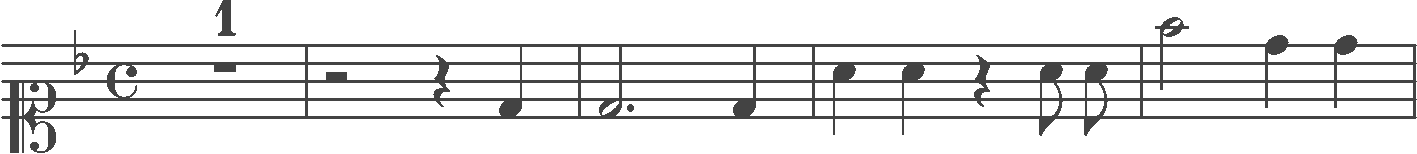
Transcription: clef-C1 keySignature-FM timeSignature-C multirest-1 barline rest-half rest-quarter note-D4_quarter barline note-D4_half. note-D4_quarter barline note-A4_quarter note-A4_quarter rest-quarter note-A4_eighth note-A4_eighth barline note-F5_half note-D5_quarter note-D5_quarter barline